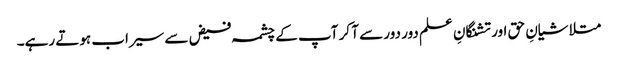
متلاشیانِ حق اور تشنگانِ علم دور دور سے آ کر آپ کے چشمہ فیض سے سیراب ہوتے رہے۔